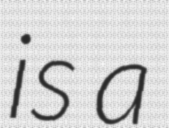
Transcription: is a